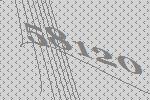
58120